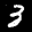
Label: 3